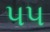
૫૫